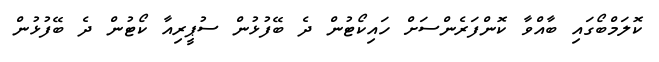
ކޮލަމްބޯގައި ބާއްވާ ކޮންފަރެންސަށް ހައިކޯޓުން ދެ ބޭފުޅުން ސުޕީރިއާ ކޯޓުން ދެ ބޭފުޅުން